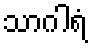
သာဂါရံ